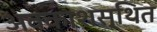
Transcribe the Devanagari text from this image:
अवकाशस्थित